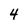
Character: 4